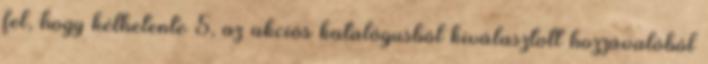
fel, hogy kéthetente 5, az akciós katalógusból kiválasztott hozzávalóból